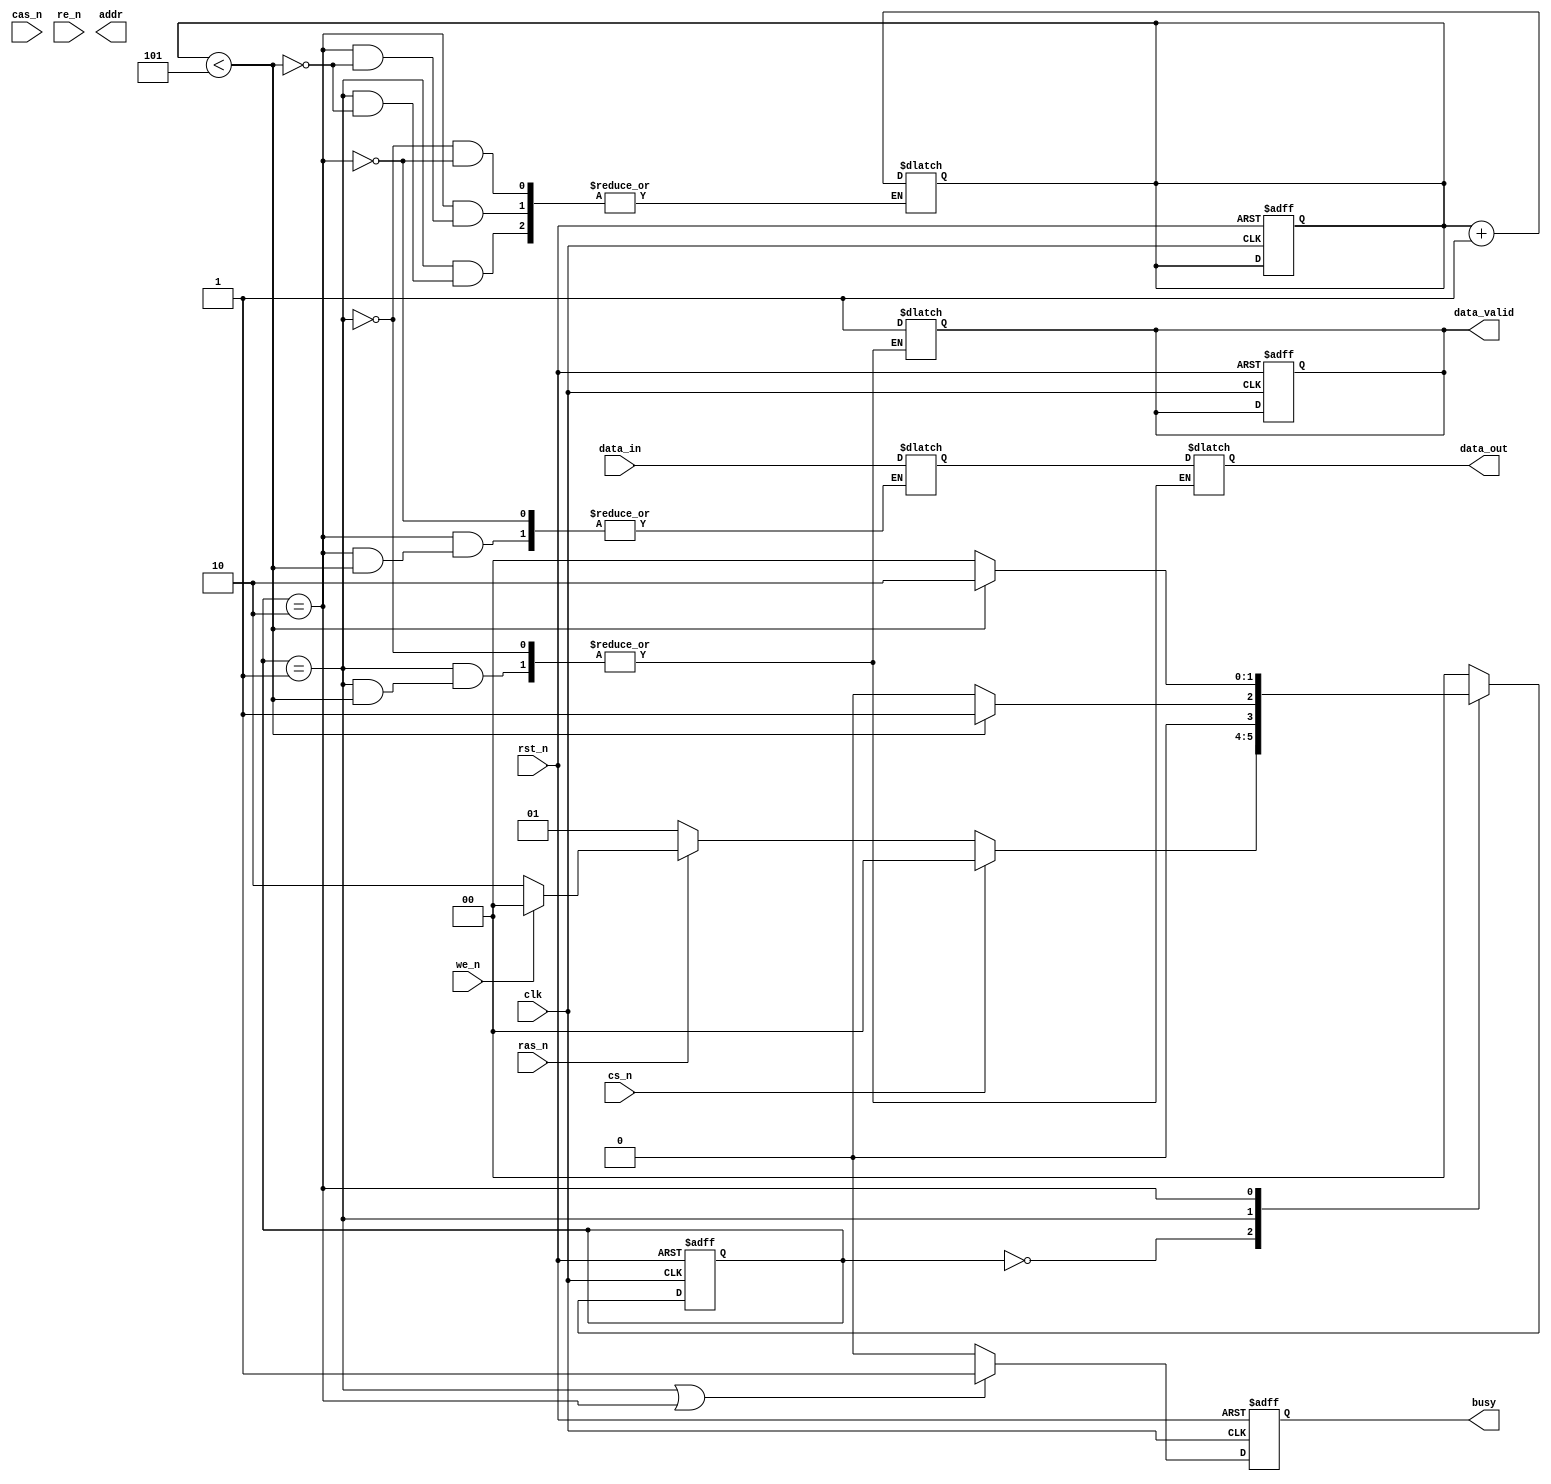
module DRAM_IO_Block (
    input wire clk,                  // System clock
    input wire rst_n,                // Active low reset
    input wire cs_n,                 // Chip Select (active low)
    input wire ras_n,                // Row Address Strobe (active low)
    input wire cas_n,                // Column Address Strobe (active low)
    input wire we_n,                 // Write Enable (active low)
    input wire re_n,                 // Read Enable (active low)
    input wire [31:0] data_in,       // Data input from external system
    output reg [31:0] data_out,      // Data output to external system
    output reg [15:0] addr,          // Address output
    output reg data_valid,           // Data valid signal
    output reg busy                  // Busy signal
);

// Internal signals
reg [31:0] data_buffer;             // Data buffer for read/write operations
reg [15:0] addr_latch;              // Address latch for read/write operations
reg [3:0] delay_counter;            // Delay counter for timing management

// State definitions
localparam IDLE = 2'b00, READ = 2'b01, WRITE = 2'b10;
reg [1:0] state, next_state;

// Timing parameters (for simulation purposes)
parameter tRAC = 10, tCAC = 5, tCYC = 20;

// State machine for read/write operations
always @(posedge clk or negedge rst_n) begin
    if (!rst_n) begin
        state <= IDLE;
        busy <= 0;
        data_valid <= 0;
        delay_counter <= 0;
    end else begin
        state <= next_state;
        if (state == READ || state == WRITE) begin
            busy <= 1;
        end else begin
            busy <= 0;
        end
    end
end

// Next state logic
always @(*) begin
    case (state)
        IDLE: begin
            if (!cs_n) begin
                if (!ras_n) begin
                    next_state = READ;  // Initiate read operation
                end else if (!we_n) begin
                    next_state = WRITE; // Initiate write operation
                end else begin
                    next_state = IDLE;  // Stay in idle
                end
            end else begin
                next_state = IDLE;      // Stay in idle
            end
        end
        READ: begin
            if (delay_counter < tCAC) begin
                delay_counter = delay_counter + 1;
                next_state = READ;     // Wait for read timing
            end else begin
                data_out = data_buffer; // Output data
                data_valid = 1;         // Data is valid
                next_state = IDLE;      // Go back to idle
            end
        end
        WRITE: begin
            if (delay_counter < tCAC) begin
                delay_counter = delay_counter + 1;
                next_state = WRITE;    // Wait for write timing
            end else begin
                data_buffer = data_in;  // Capture data to buffer
                next_state = IDLE;      // Go back to idle
            end
        end
        default: next_state = IDLE; // Default case
    endcase
end

// Address latch logic
always @(posedge clk) begin
    if (!cs_n) begin
        addr_latch <= addr; // Latch address when chip is selected
    end
end

endmodule